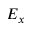
E _ { x }